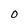
Character: 0